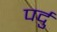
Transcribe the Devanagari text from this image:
पर्दु